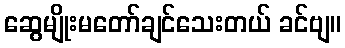
ဆွေမျိုးမတော်ချင်သေးတယ် ခင်ဗျ။